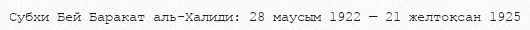
Субхи Бей Баракат аль-Халиди: 28 маусым 1922 — 21 желтоқсан 1925